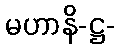
မဟာနိ-ဋ္ဌ-